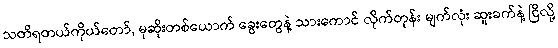
သတိရတယ်ကိုယ်တော်, မုဆိုးတစ်ယောက် ခွေးတွေနဲ့ သားကောင် လိုက်တုန်း မျက်လုံး ဆူးခက်နဲ့ ငြိလို့